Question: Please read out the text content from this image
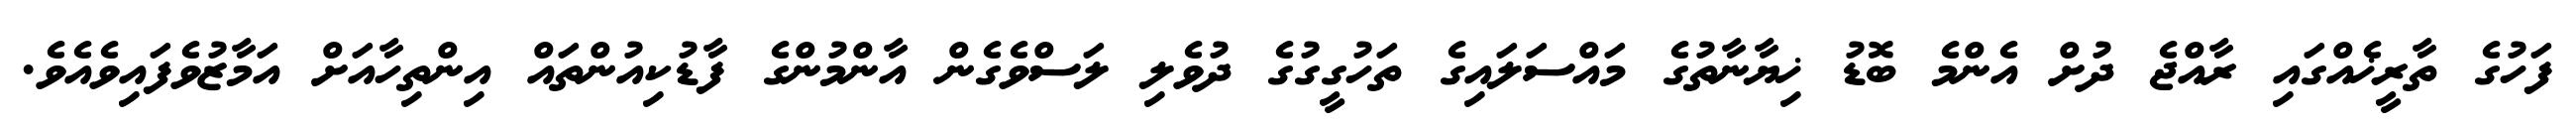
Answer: ފަހުގެ ތާރީޚެއްގައި ރާއްޖެ ދުށް އެންމެ ބޮޑު ޚިޔާނާތުގެ މައްސަލައިގެ ތަހުގީގުގެ ދުވެލި ލަސްވެގެން އާންމުންގެ ފާޑުކިއުންތައް އިންތިހާއަށް އަމާޒުވެފައިވެއެވެ.